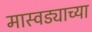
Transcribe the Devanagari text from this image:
मास्वड्याच्या